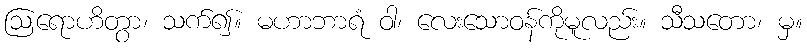
ဩရောဟိတွာ၊ သက်၍။ မဟာဘာရံ ဝါ၊ လေးသောဝန်ကိုမူလည်း။ သီသတော၊ မှ။